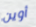
أوين